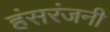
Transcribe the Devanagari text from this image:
हंसरंजनी